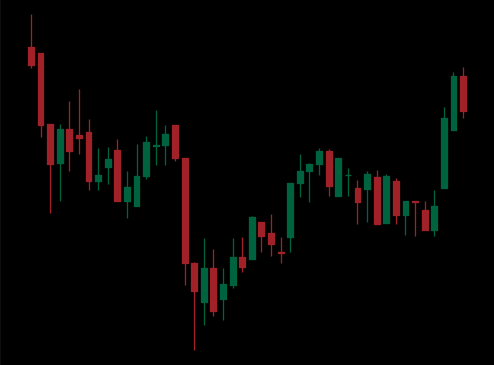
Pattern: inverse_head_shoulders